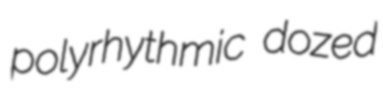
polyrhythmic dozed